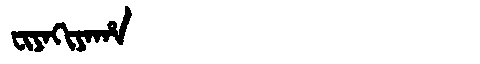
Manchu: ᠸᡳᠶᠠᡴᡳᠶᠠᡥᠠ
Romanization: FIYAKIYAHA